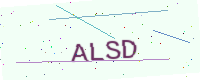
Text: ALSD